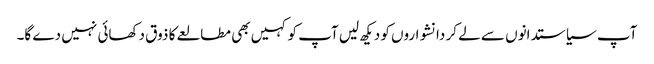
آپ سیاستدانوں سے لے کر دانشواروں کو دیکھ لیں آپ کو کہیں بھی مطالعے کا ذوق دکھائی نہیں دے گا۔